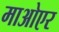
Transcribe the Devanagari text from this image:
माओएर